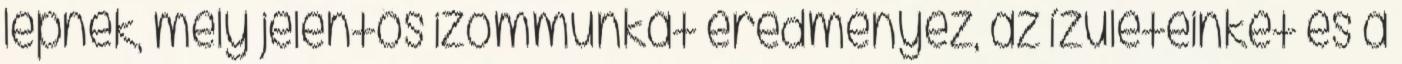
lépnek, mely jelentős izommunkát eredményez, az ízületeinket és a